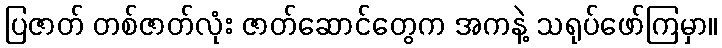
ပြဇာတ် တစ်ဇာတ်လုံး ဇာတ်ဆောင်တွေက အကနဲ့ သရုပ်ဖော်ကြမှာ။